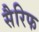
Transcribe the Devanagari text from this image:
सैरिफ